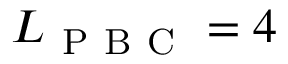
L _ { \mathrm { ~ P ~ B ~ C ~ } } = 4